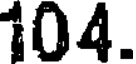
104.